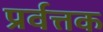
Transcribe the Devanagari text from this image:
प्रर्वत्तक